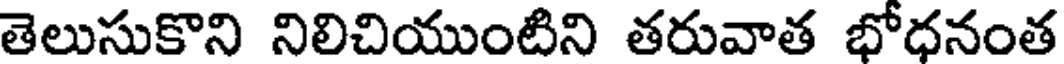
తెలుసుకొని నిలిచియుంటిని తరువాత భోధనంత